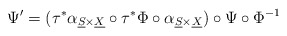
\begin{align*}\Psi'=(\tau^{*}\alpha_{\underline{S}\times\underline{X}}\circ\tau^{*}\Phi\circ\alpha_{\underline{S}\times\underline{X}})\circ\Psi\circ\Phi^{-1}\end{align*}